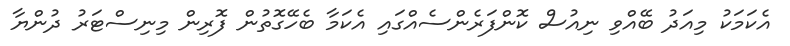
އެކަމަކު މިއަދު ބޭއްވި ނިއުސް ކޮންފަރެންސެއްގައި އެކަމާ ބެހޭގޮތުން ފޮރިން މިނިސްޓަރު ދުންޔާ